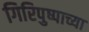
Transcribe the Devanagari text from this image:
गिरिपुष्पाच्या